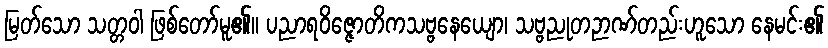
မြတ်သော သတ္တဝါ ဖြစ်တော်မူ၏။ ပညာရဝိဇ္ဇောတိကသဗ္ဗနေယျော၊ သဗ္ဗညုတဉာဏ်တည်းဟူသော နေမင်း၏